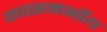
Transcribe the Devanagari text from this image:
कासमभॉय